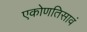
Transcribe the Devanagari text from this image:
एकोणतिसावं